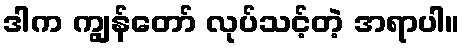
ဒါက ကျွန်တော် လုပ်သင့်တဲ့ အရာပါ။